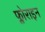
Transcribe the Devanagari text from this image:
फ्लोराइन